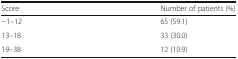
| Score | Number of patients (%) |
 | --- | --- |
 | −1–12 | 65 (59.1) |
 | 13–18 | 33 (30.0) |
 | 19–38 | 12 (10.9) |